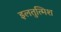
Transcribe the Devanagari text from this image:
इलतुत्मिश